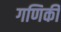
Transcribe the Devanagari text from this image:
गणिकी